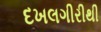
દખલગીરીથી